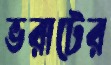
ভরাটের